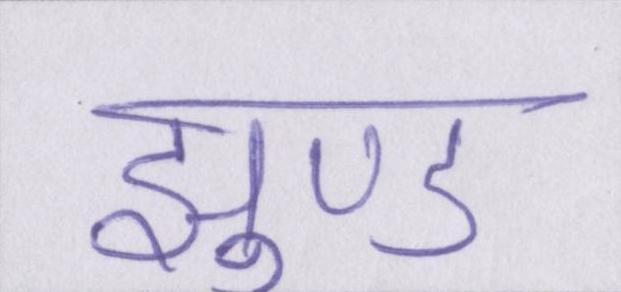
झुण्ड